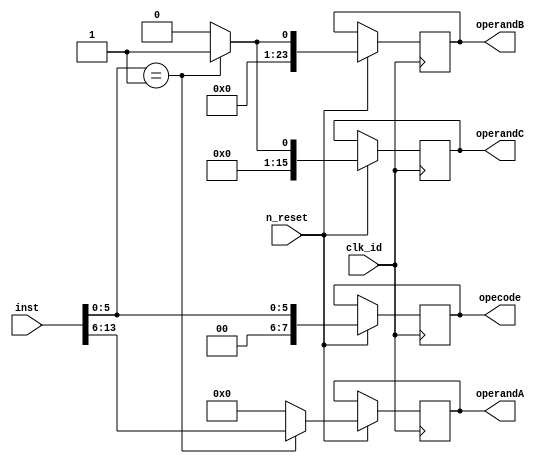
module decode(clk_id, n_reset, inst, opecode, operandA, operandB, operandC);
	input wire clk_id;
	input wire n_reset;
	input wire [31:0] inst;

	output reg [7:0] opecode;
	output reg [7:0] operandA;
	output reg [23:0] operandB;
	output reg [15:0] operandC;

	always @ (posedge clk_id or negedge n_reset) begin
		if(n_reset == 1'b0) begin
			$display("decode: reset");
		end else begin
			opecode <= {2'b0, inst[5:0]};

			case (inst[5:0])
				5'b00001 :
					begin
						operandA <= inst[14:6];
						operandB <= 24'd1;
						operandC <= 16'd1;
						$display("decode: opecode=1");
					end
				default :
					begin
						operandA <= 8'b0;
						operandB <= 24'b0;
						operandC <= 16'b0;
						$display("decode: opecode=err");
					end
			endcase
		end
	end
endmodule